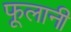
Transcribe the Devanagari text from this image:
फूलानी